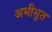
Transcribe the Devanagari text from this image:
अभीभुत